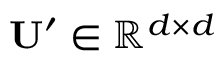
\mathbf { U } ^ { \prime } \in \mathbb { R } ^ { d \times d }